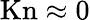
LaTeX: \mathrm{Kn}\approx 0